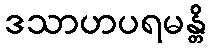
ဒသာဟပရမန္တိ